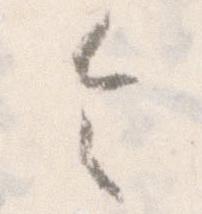
令